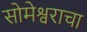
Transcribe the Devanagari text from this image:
सोमेश्वराचा